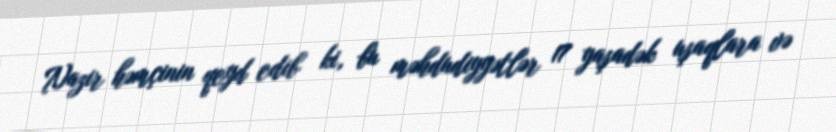
Nazir həmçinin qeyd edib ki, bu məhdudiyyətlər 17 yaşadək uşaqlara və